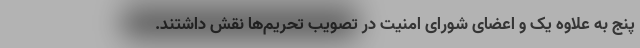
پنج به علاوه یک و اعضای شورای امنیت در تصویب تحریم‌ها نقش داشتند.